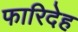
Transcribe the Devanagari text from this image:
फारिदेह